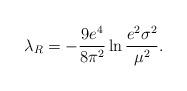
LaTeX: \begin{align*}\lambda_{R}=-\frac{9e^{4}}{8\pi^{2}}\ln\frac{e^{2}\sigma^{2}}{\mu^{2}}.\end{align*}